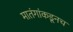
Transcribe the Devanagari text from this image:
मातंगांकडूनच